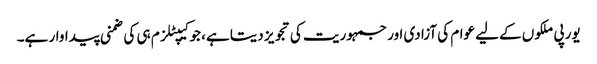
یورپی ملکوں کےلیے عوام کی آزادی اور جمہوریت کی تجویز دیتا ہے، جو کیپٹلزم ہی کی ضمنی پیداوار ہے۔